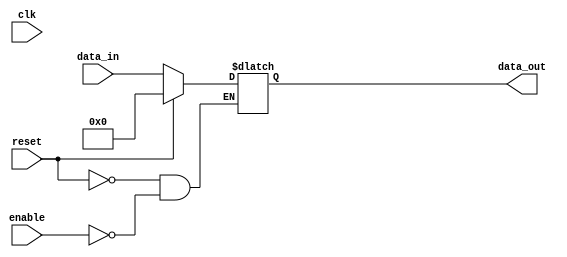
module output_register #(
    parameter DATA_WIDTH = 8  // Parameter for data width
)(
    input               clk,      // Clock input
    input               enable,   // Enable signal
    input               reset,    // Asynchronous reset signal
    input [DATA_WIDTH-1:0] data_in,  // Data input
    output reg [DATA_WIDTH-1:0] data_out  // Output register
);

// Asynchronous reset
always @(*) begin
    if (reset) begin
        data_out <= {DATA_WIDTH{1'b0}}; // Clear register
    end else if (enable) begin
        data_out <= data_in; // Update register on enable
    end
end

// Synchronous behavior (triggered by clock)
always @(posedge clk) begin
    // The data_out will be set according to the logic above
end

endmodule